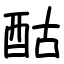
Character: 酤